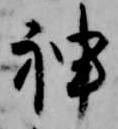
神